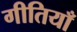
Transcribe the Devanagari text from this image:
गीतियाँ